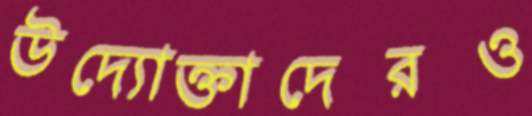
উদ্যোক্তাদেরও